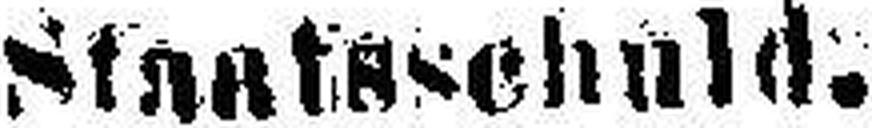
Staatsschuld.